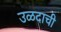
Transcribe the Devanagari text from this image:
उळदाची